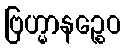
ဗြဟ္မာနဉ္စေဝ